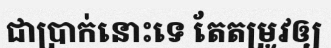
ជាប្រាក់នោះទេ តែតម្រូវឲ្យ